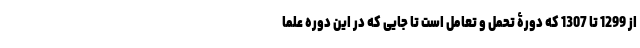
از 1299 تا 1307 که دورۀ تحمل و تعامل است تا جایی که در این دوره علما